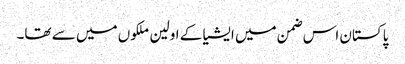
پاکستان اس ضمن میں ایشیا کے اولین ملکوں میں سے تھا۔